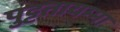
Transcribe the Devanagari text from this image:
पुट्टतायम्मा